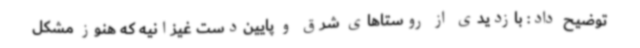
توضیح داد: بازدیدی از روستاهای شرق و پایین‌دست غیزانیه که هنوز مشکل